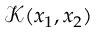
\mathcal { K } ( x _ { 1 } , x _ { 2 } )